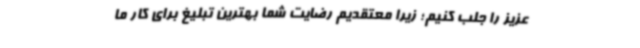
عزیز را جلب کنیم؛ زیرا معتقدیم رضایت شما بهترین تبلیغ برای کار ما